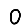
Digit: 0